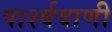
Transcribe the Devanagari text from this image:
पार्श्ववाणी